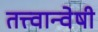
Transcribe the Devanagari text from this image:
तत्त्वान्वेषी